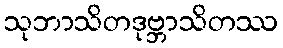
သုဘာသိတဒုဗ္ဘာသိတဿ